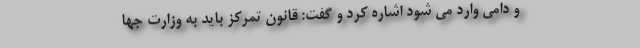
و دامی وارد می شود اشاره کرد و گفت: قانون تمرکز باید به وزارت جها